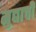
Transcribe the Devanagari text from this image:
मुद्याची